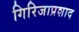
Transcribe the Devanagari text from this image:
गिरिजाप्रशाद